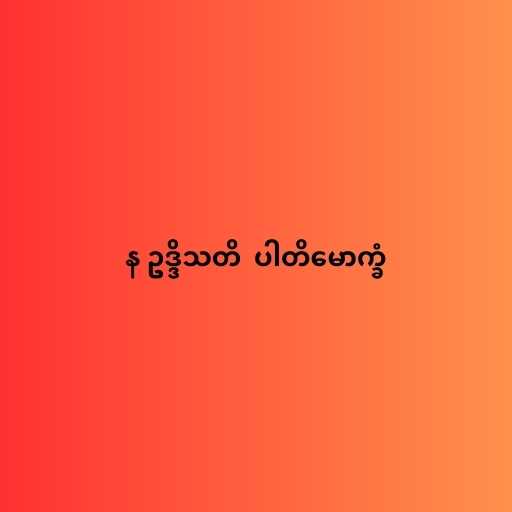
န ဥဒ္ဒိသတိ  ပါတိမောက္ခံ